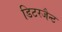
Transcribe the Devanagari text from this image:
डिटरजैन्ट